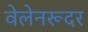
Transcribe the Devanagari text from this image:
वेलेनरूदर